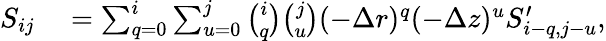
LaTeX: \begin{array}{rl}{S_{ij}}&{{}=\sum_{q=0}^{i}\sum_{u=0}^{j}\binom{i}{q}\binom{j}{u}(-\Delta r)^{q}(-\Delta z)^{u}S_{i-q,j-u}^{\prime},}\end{array}